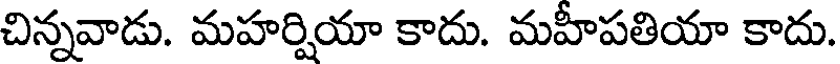
చిన్నవాడు. మహర్షియా కాదు. మహీపతియా కాదు.